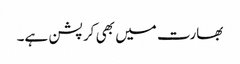
بھارت میں بھی کرپشن ہے۔